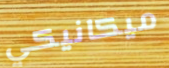
ميكانيكي